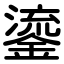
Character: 鎏